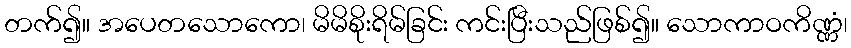
တက်၍။ အပေတသောကော၊ မိမိစိုးရိမ်ခြင်း ကင်းပြီးသည်ဖြစ်၍။ သောကာဝကိဏ္ဏံ၊